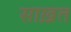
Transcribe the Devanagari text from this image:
साख़त